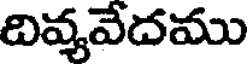
దివ్యవేదము